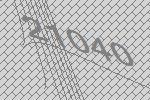
21040